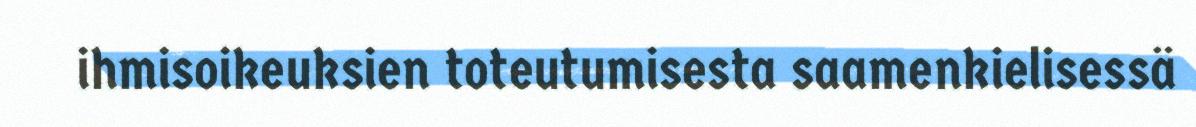
ihmisoikeuksien toteutumisesta saamenkielisessä